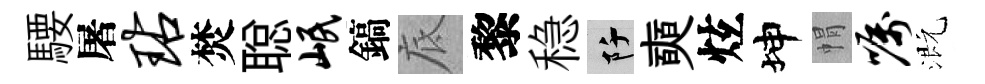
騕屠玷焚聪岷鎬底黎稳阡奭炫坤㡌嘱溉